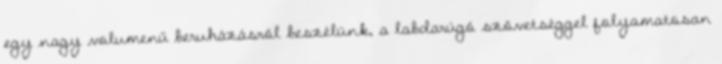
egy nagy volumenű beruházásról beszélünk, a labdarúgó szövetséggel folyamatosan